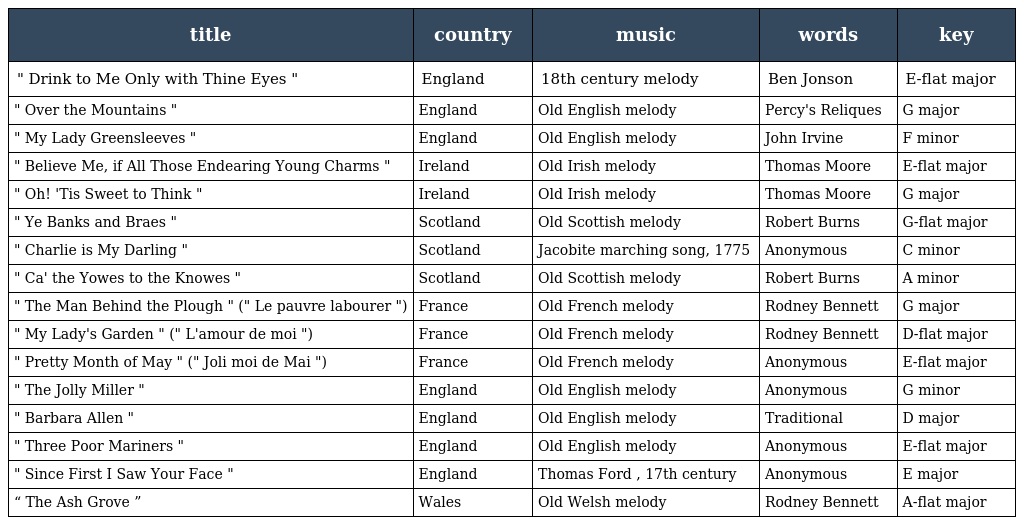
| title | country | music | words | key |
 | --- | --- | --- | --- | --- |
 | " Drink to Me Only with Thine Eyes " | England | 18th century melody | Ben Jonson | E-flat major |
 | " Over the Mountains " | England | Old English melody | Percy's Reliques | G major |
 | " My Lady Greensleeves " | England | Old English melody | John Irvine | F minor |
 | " Believe Me, if All Those Endearing Young Charms " | Ireland | Old Irish melody | Thomas Moore | E-flat major |
 | " Oh! 'Tis Sweet to Think " | Ireland | Old Irish melody | Thomas Moore | G major |
 | " Ye Banks and Braes " | Scotland | Old Scottish melody | Robert Burns | G-flat major |
 | " Charlie is My Darling " | Scotland | Jacobite marching song, 1775 | Anonymous | C minor |
 | " Ca' the Yowes to the Knowes " | Scotland | Old Scottish melody | Robert Burns | A minor |
 | " The Man Behind the Plough " (" Le pauvre labourer ") | France | Old French melody | Rodney Bennett | G major |
 | " My Lady's Garden " (" L'amour de moi ") | France | Old French melody | Rodney Bennett | D-flat major |
 | " Pretty Month of May " (" Joli moi de Mai ") | France | Old French melody | Anonymous | E-flat major |
 | " The Jolly Miller " | England | Old English melody | Anonymous | G minor |
 | " Barbara Allen " | England | Old English melody | Traditional | D major |
 | " Three Poor Mariners " | England | Old English melody | Anonymous | E-flat major |
 | " Since First I Saw Your Face " | England | Thomas Ford , 17th century | Anonymous | E major |
 | “ The Ash Grove ” | Wales | Old Welsh melody | Rodney Bennett | A-flat major |